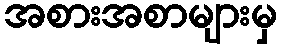
အစားအစာများမှ